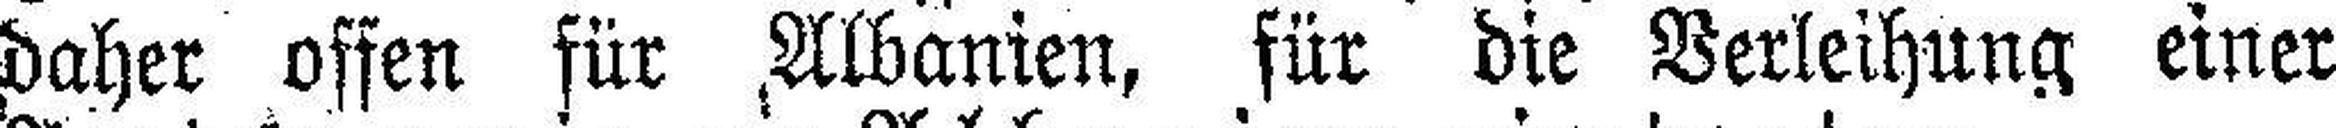
daher offen für Albanien, für die Verleihung einer